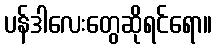
ပန်ဒါလေးတွေဆိုရင်ရော။